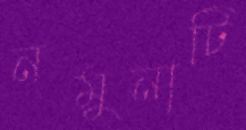
নমুনাটি